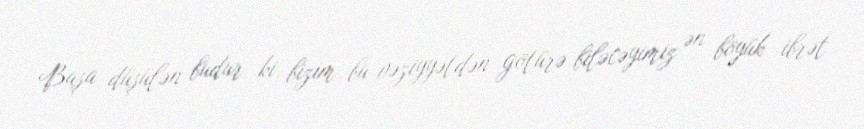
Başa düşülən budur ki, bizim bu vəziyyətdən götürə biləcəyimiz ən böyük ibrət